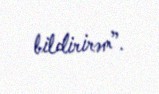
bildirirəm”.